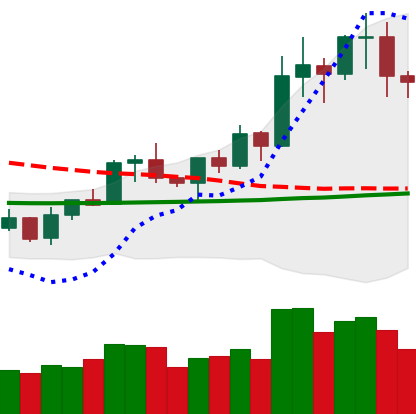
Ticker: NEO-USD
Chart end date: 2020-01-20
Forward return: -6.86%
Label: down_5_7